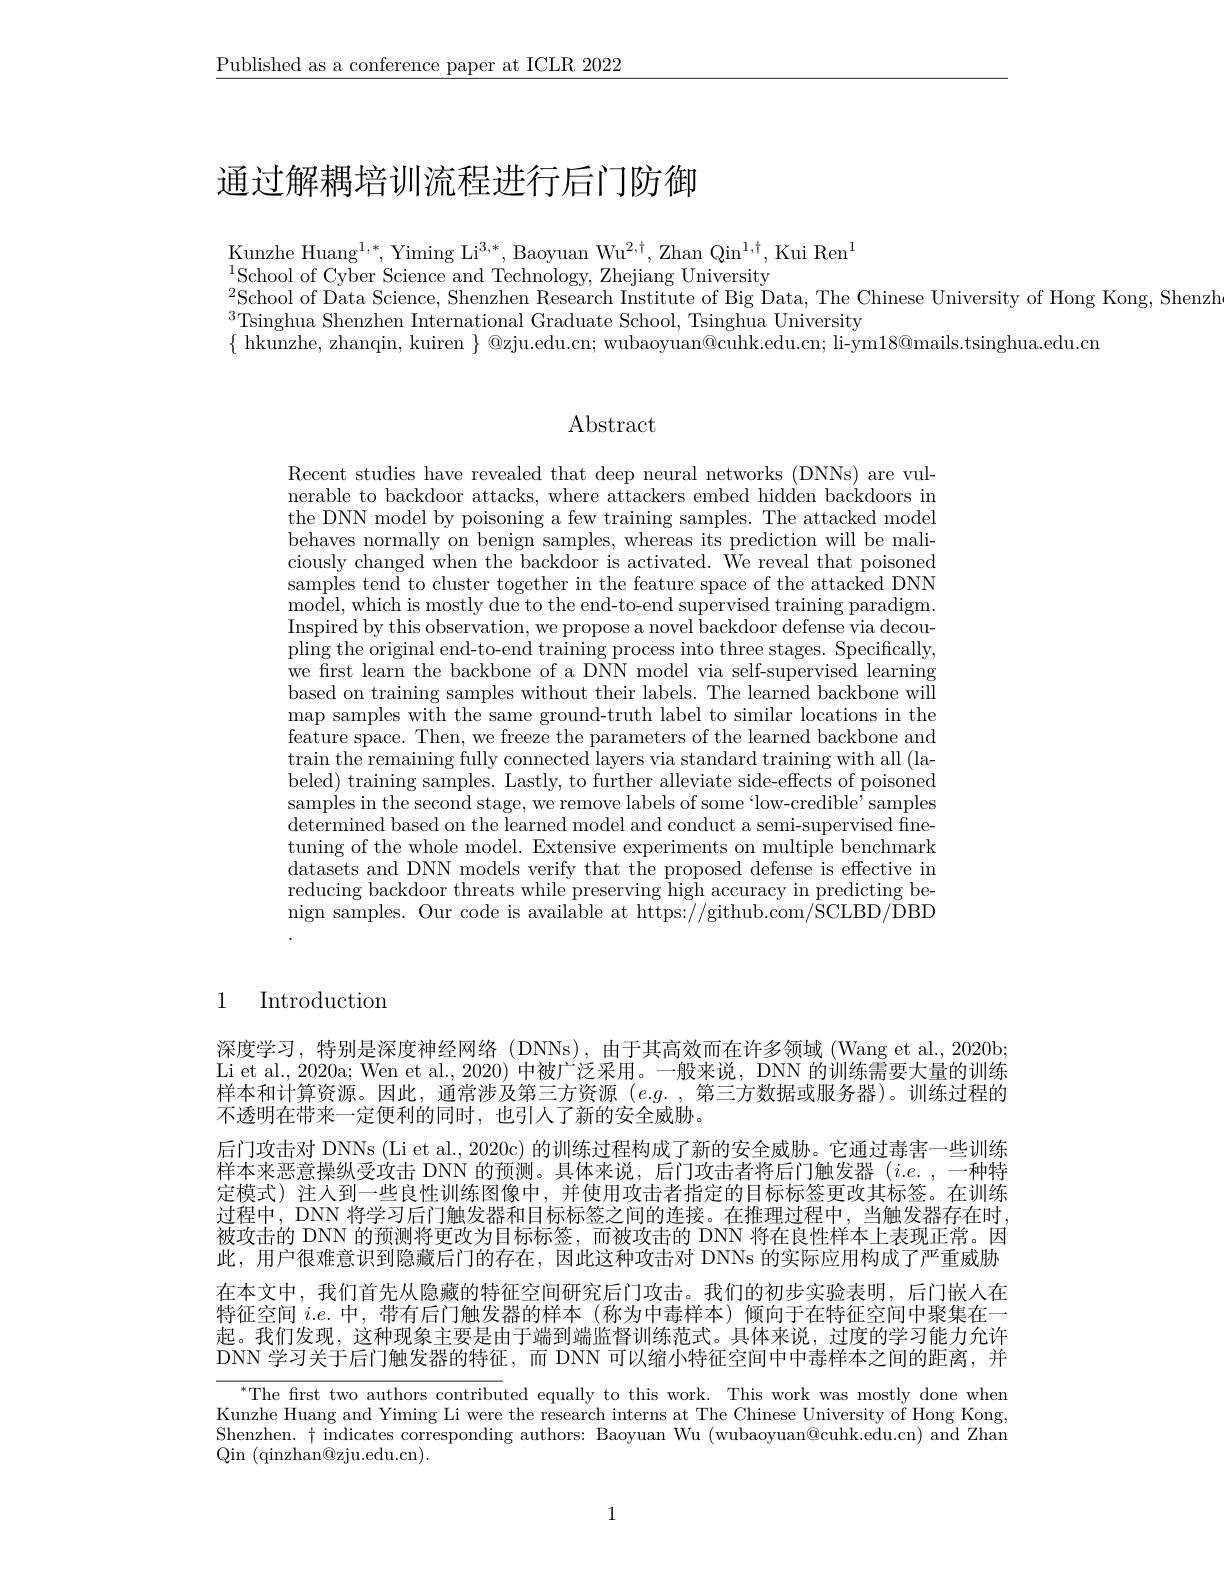
$\underline{\text{Published as a conference paper at ICLR 2022}}$

# 通过解耦培训流程进行后门防御

$\mathrm{Kunzhe~Huang}^{1,*}$,Yiming Li$^3,*$,Baoyuan Wu$^2,\dagger$,Zhan Qin$^1,\dagger$,Kui Ren$^1$
$^{1}$School of Cyber Science and Technology, Zhejiang University
$^{2}$School of Data Science, Shenzhen Research Institute of Big Data, The Chinese University of Hong Kong, Shenzh
$^{3}$Tsinghua Shenzhen International Graduate School, Tsinghua University
$\{$ hkunzhe, zhanqin, kuiren $\}$ @zju.edu.cn; wubaoyuan@cuhk.edu.cn; li-ym$18@$mails.tsinghua.edu.cn

### Abstract

Recent studies have revealed that deep neural networks (DNNs) are vulnerable to backdoor attacks, where attackers embed hidden backdoors in the DNN model by poisoning a few training samples. The attacked model behaves normally on benign samples, whereas its prediction will be maliciously changed when the backdoor is activated. We reveal that poisoned samples tend to cluster together in the feature space of the attacked DNN ${\mathrm{model,~which~is~mostly~due~to~the~end-to-end~supervised~training~paradigm.}}$ Inspired by this observation, we propose a novel backdoor defense via decoupling the original end-to-end training process into three stages. Specifically, we frst learn the backbone of a DNN model via self-supervised learning based on training samples without their labels. The learned backbone will $\operatorname*{map}_{\mathrm{c}}$samples with the same ground-truth label to similar locations in the feature space. Then, we freeze the parameters of the learned backbone and train the remaining fully connected layers via standard training with all (labeled) training samples. Lastly, to further alleviate side-effects of poisoned samples in the second stage, we remove labels of some“low-credible’samples determined based on the learned model and conduct a semi-supervised finetuning of the whole model. Extensive experiments on multiple benchmark datasets and DNN models verify that the proposed defense is effective in reducing backdoor threats while preserving high accuracy in predicting be-

# 1 Introduction

深度学习，特别是深度神经网络(DNNs),由于其高效而在许多领域(Wang et al.,2020b; Li et al., 2020a; Wen et al., 2020) 中被广泛采用。一般来说，DNN 的训练需要大量的训练样本和计算资源。因此，通常涉及第三方资源$(e.g.$ ,第三方数据或服务器)。训练过程的不透明在带来一定便利的同时，也引人了新的安全威胁。
后门攻击对 DNNs (Li et al., 2020c) 的训练过程构成了新的安全威胁。它通过毒害一些训练样本来恶意操纵受攻击 DNN 的预测。具体来说，后门攻击者将后门触发器 $(i.e.,-$种特定模式) 注人到一些良性训练图像中，并使用攻击者指定的目标标签更改其标签。在训练过程中，DNN 将学习后门触发器和目标标签之间的连接。在推理过程中，当触发器存在时， 被攻击的 DNN 的预测将更改为目标标签，而被攻击的 DNN 将在良性样本上表现正常。因此，用户很难意识到隐藏后门的存在，因此这种攻击对 DNNs 的实际应用构成了严重威胁在本文中，我们首先从隐藏的特征空间研究后门攻击。我们的初步实验表明，后门嵌人在特征空间$i.e.$中，带有后门触发器的样本(称为中毒样本)倾向于在特征空间中聚集在一起。我们发现，这种现象主要是由于端到端监督训练范式。具体来说，过度的学习能力允许DNN 学习关于后门触发器的特征，而 DNN 可以缩小特征空间中中毒样本之间的距离，并

$^{*}$The first two authors contributed equally to this work. This work was mostly done when Kunzhe Huang and Yiming Li were the research interns at The Chinese University of Hong Kong, Shenzhen. $\dagger$ indicates corresponding authors: Baoyuan Wu (wubaoyuan@cuhk.edu.cn) and Zhan Qin (qinzhan@zju.edu.cn).

1